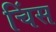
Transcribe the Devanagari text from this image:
चिंस